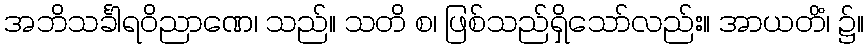
အဘိသင်္ခါရဝိညာဏေ၊ သည်။ သတိ စ၊ ဖြစ်သည်ရှိသော်လည်း။ အာယတိံ၊ ၌။